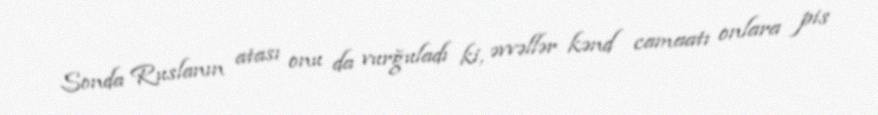
Sonda Ruslanın atası onu da vurğuladı ki, əvvəllər kənd camaatı onlara pis